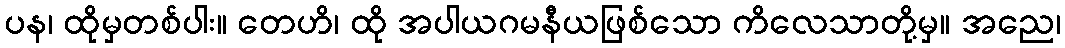
ပန၊ ထိုမှတစ်ပါး။ တေဟိ၊ ထို အပါယဂမနီယဖြစ်သော ကိလေသာတို့မှ။ အညေ၊